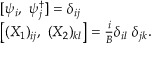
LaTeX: \begin{array} { l } { { [ \psi _ { i } , ~ \psi _ { j } ^ { \dag } ] = \delta _ { i j } \nonumber } } \\ { { \bigl [ ( X _ { 1 } ) _ { i j } , ~ ( X _ { 2 } ) _ { k l } \bigr ] = { \frac { i } { B } } \delta _ { i l } ~ \delta _ { j k } . } } \end{array}